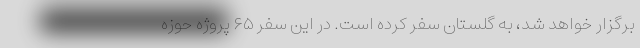
برگزار خواهد شد، به گلستان سفر کرده است. در این سفر ۶۵ پروژه حوزه